Tezpur Lunatic Asylum reports 1895-1904 - 1895-1904
Year: 1895
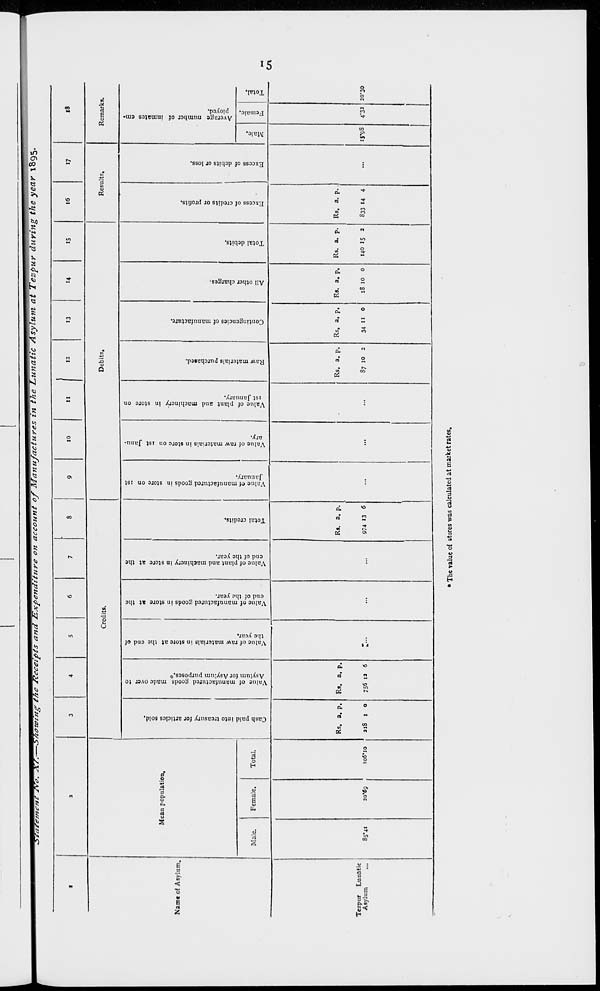
v
& o
o.
3
H
Z
>N
3 r
>
-
g
1
: n
C
3
s*
{f
1
•fl
n
•o
3
o
o
EL
■o
S
1
f
H
a
o
0
u
50
n
00
„
*
Cash paid into treasury for articles sold.
Co
e
y
,_
50
Ol
Ol
Value of manufactured goods made over to
2
P
Asylum for Asylum purposes.*
*
d
•o
r I
Value of raw materials in store at the end of
the year.
&.
Cn
.
Value of manufactured goods in store at the
end of the year.
Ol
Value of plant and machinery in store at the
end of the year.
>o
50
a
+■
U
B»
Total credits.
CO
Ol
■O
Value of manufactured goods in store on ist
January.
<o
Value of raw materials in store on ist Janu-
ary.
o
Value of plant aud machinery in store on
ist January.
D
CO
¥
e
W
Raw materials purchaied.
cr
c
M
$2
£
=
•a
Contingencies of manufacture.
Id
o
53
CO
o
»
All other charges,
*
o
7
M
50
*- o
(n
f
Total debits.
Ol
u
7
CO
50
Ca
■S
P
Excess of credits or profits.
50
Ol
*■
c
•<"
Excess of debits or loss.
-
_
la
5
Male.
CO
50
i
Average number of inmates em-
w
Female. ployed.
00
PT
u
Total.
b !»
ri
s
8
I-
Jli
ft
s
^ ]
s
a
S
•V
n
CO
en
Si